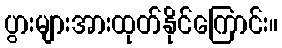
ပွားများအားထုတ်နိုင်ကြောင်း။